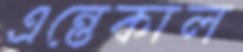
এন্তেকাল